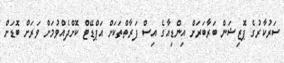
ސަރުކާރުގެ ޕޮޒިޝަން ބަރާބަރަށް އިންޑިއާގެ އިސް ފަރާތްތަކަށް އަޕްޑޭޓް ކޮށްދެއްވުމަށް ވަރަށް ބޮޑަށް